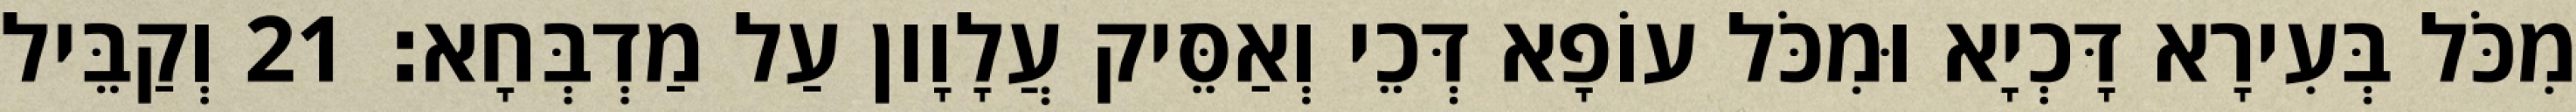
מִכֹּל בְּעִירָא דָּכְיָא וּמִכֹּל עוֹפָא דְּכֵי וְאַסֵּיק עֲלָוָון עַל מַדְבְּחָא׃ 21 וְקַבֵּיל